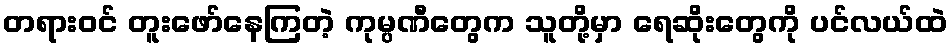
တရားဝင် တူးဖော်နေကြတဲ့ ကုမ္ပဏီတွေက သူတို့မှာ ရေဆိုးတွေကို ပင်လယ်ထဲ